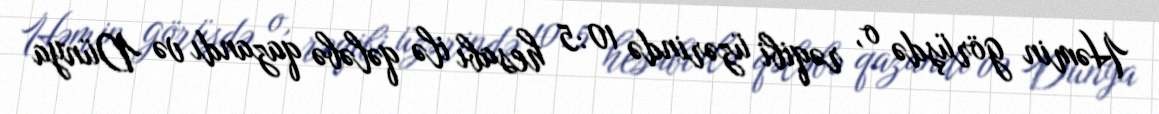
Həmin görüşdə o, rəqibi üzərində 10:5 hesabı ilə qələbə qazandı və Dünya